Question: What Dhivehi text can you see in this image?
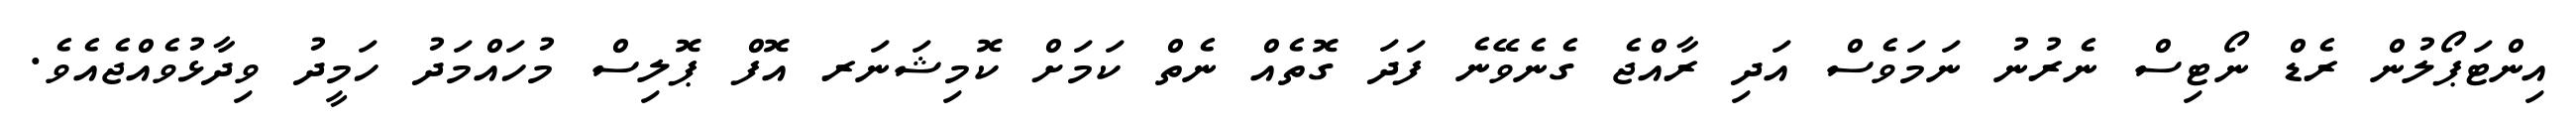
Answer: އިންޓަޕޯލުން ރެޑް ނޯޓިސް ނެރުނު ނަމަވެސް އަދި ރާއްޖެ ގެނެވޭނެ ފަދަ ގޮތެއް ނެތް ކަމަށް ކޮމިޝަނަރ އޮފް ޕޮލިސް މުހައްމަދު ހަމީދު ވިދާޅުވެއްޖެއެވެ.